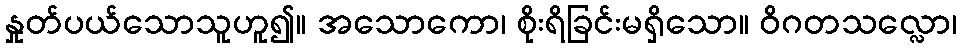
နှုတ်ပယ်သောသူဟူ၍။ အသောကော၊ စိုးရိခြင်းမရှိသော။ ဝိဂတသလ္လော၊